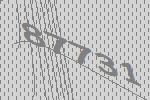
87731